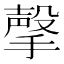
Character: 撀